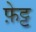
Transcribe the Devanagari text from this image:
फ़ेट्ट